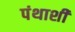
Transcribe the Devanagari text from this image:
पंथाशी